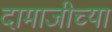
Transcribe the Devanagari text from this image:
दामाजीच्या